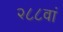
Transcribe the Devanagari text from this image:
२८८वां